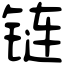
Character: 链